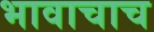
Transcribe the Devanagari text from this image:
भावाचाच